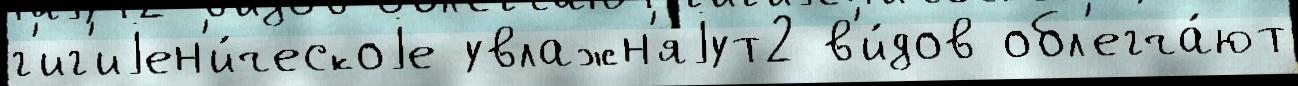
г'иг'иjен'и́ческоjе увлажн'яjут2 в'и́дов обл'егча́ют